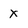
Character: x